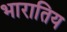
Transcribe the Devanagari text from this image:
भारातिय